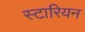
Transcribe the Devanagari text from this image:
स्टारियन